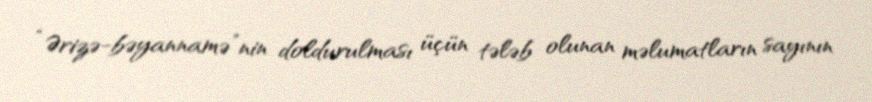
“Ərizə-bəyannamə”nin doldurulması üçün tələb olunan məlumatların sayının